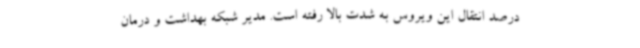
درصد انتقال این ویروس به شدت بالا رفته است. مدیر شبکه بهداشت و درمان